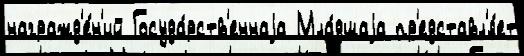
награжд'е́н'ий Госуда́рств'еннаjа Мла́дшаjа пр'едставл'я́ет